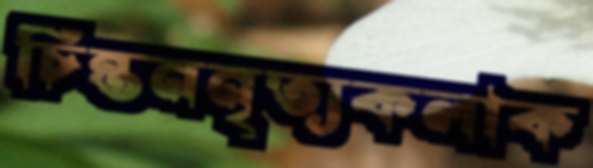
চিন্তননৃত্যকলাক